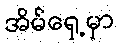
အိမ်ရှေ့မှာ